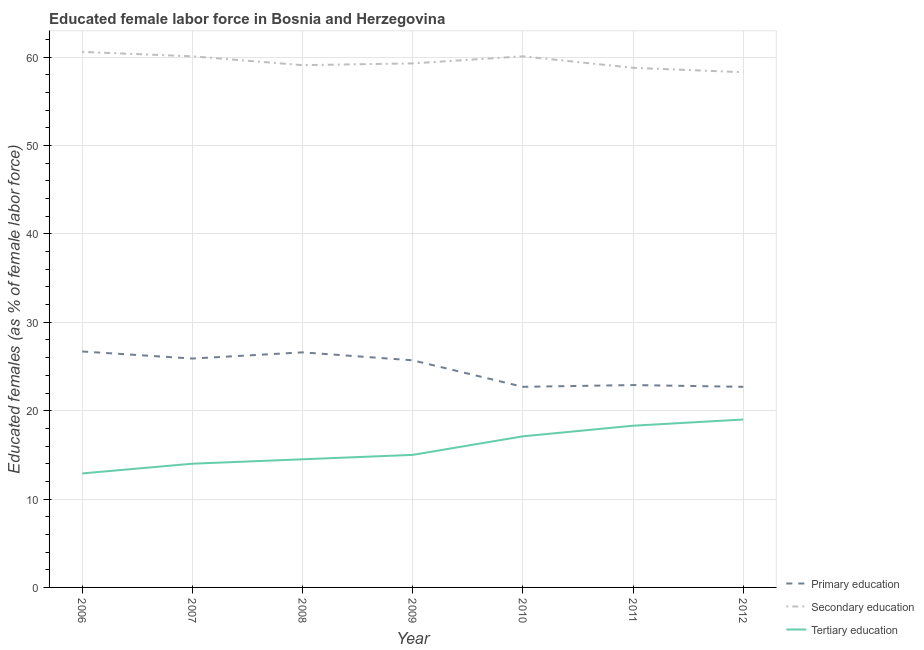
| Year | Primary education | Secondary education | Tertiary education |
 | --- | --- | --- | --- |
 | 2006 | 26.7 | 60.6 | 12.9 |
 | 2007 | 25.9 | 60.1 | 14 |
 | 2008 | 26.6 | 59.1 | 14.5 |
 | 2009 | 25.7 | 59.3 | 15 |
 | 2010 | 22.7 | 60.1 | 17.1 |
 | 2011 | 22.9 | 58.8 | 18.3 |
 | 2012 | 22.7 | 58.3 | 19 |